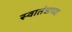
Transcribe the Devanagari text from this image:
स्वातंत्राच्या